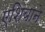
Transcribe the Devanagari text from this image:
एशियाने